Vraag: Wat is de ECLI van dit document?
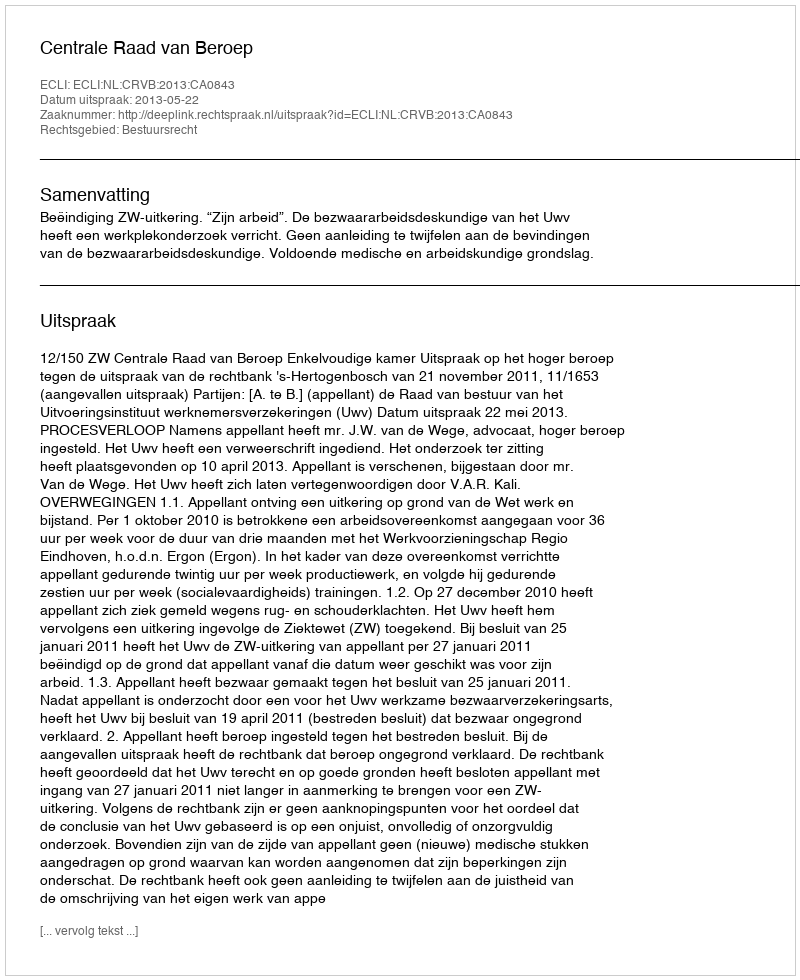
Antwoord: ECLI:NL:CRVB:2013:CA0843